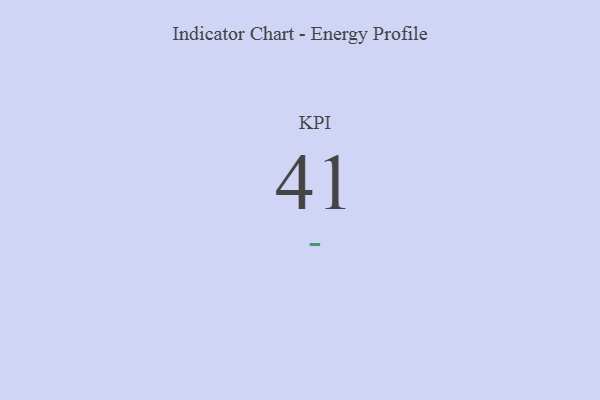
{"axis": {"x": "KPI", "y": "Value"}, "legend": [""], "data": [{"x": "KPI", "y": 41, "type": ""}]}